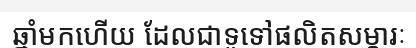
ឆ្នាំមកហើយ ដែលជាទូទៅផលិតសម្ភារៈ